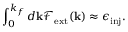
\int _ { 0 } ^ { k _ { f } } d { \bf k } \mathcal { F } _ { \mathrm { e x t } } ( { \bf k } ) \approx \epsilon _ { \mathrm { i n j } } .